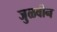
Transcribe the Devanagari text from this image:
जुळवीन